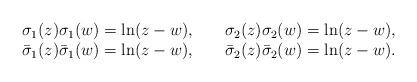
LaTeX: \begin{align*}\begin{array}{lcl}\sigma_1 (z) \sigma_1 (w) = \ln(z-w),&\;& \sigma_2 (z) \sigma_2(w) = \ln(z-w),\\\bar{\sigma}_1 (z) \bar{\sigma}_1 (w) = \ln(z-w), &\;& \bar{\sigma}_2 (z) \bar{\sigma}_2 (w) =\ln(z-w).\end{array}\end{align*}